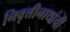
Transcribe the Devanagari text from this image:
निवृत्तीनाथांची